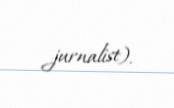
jurnalist).